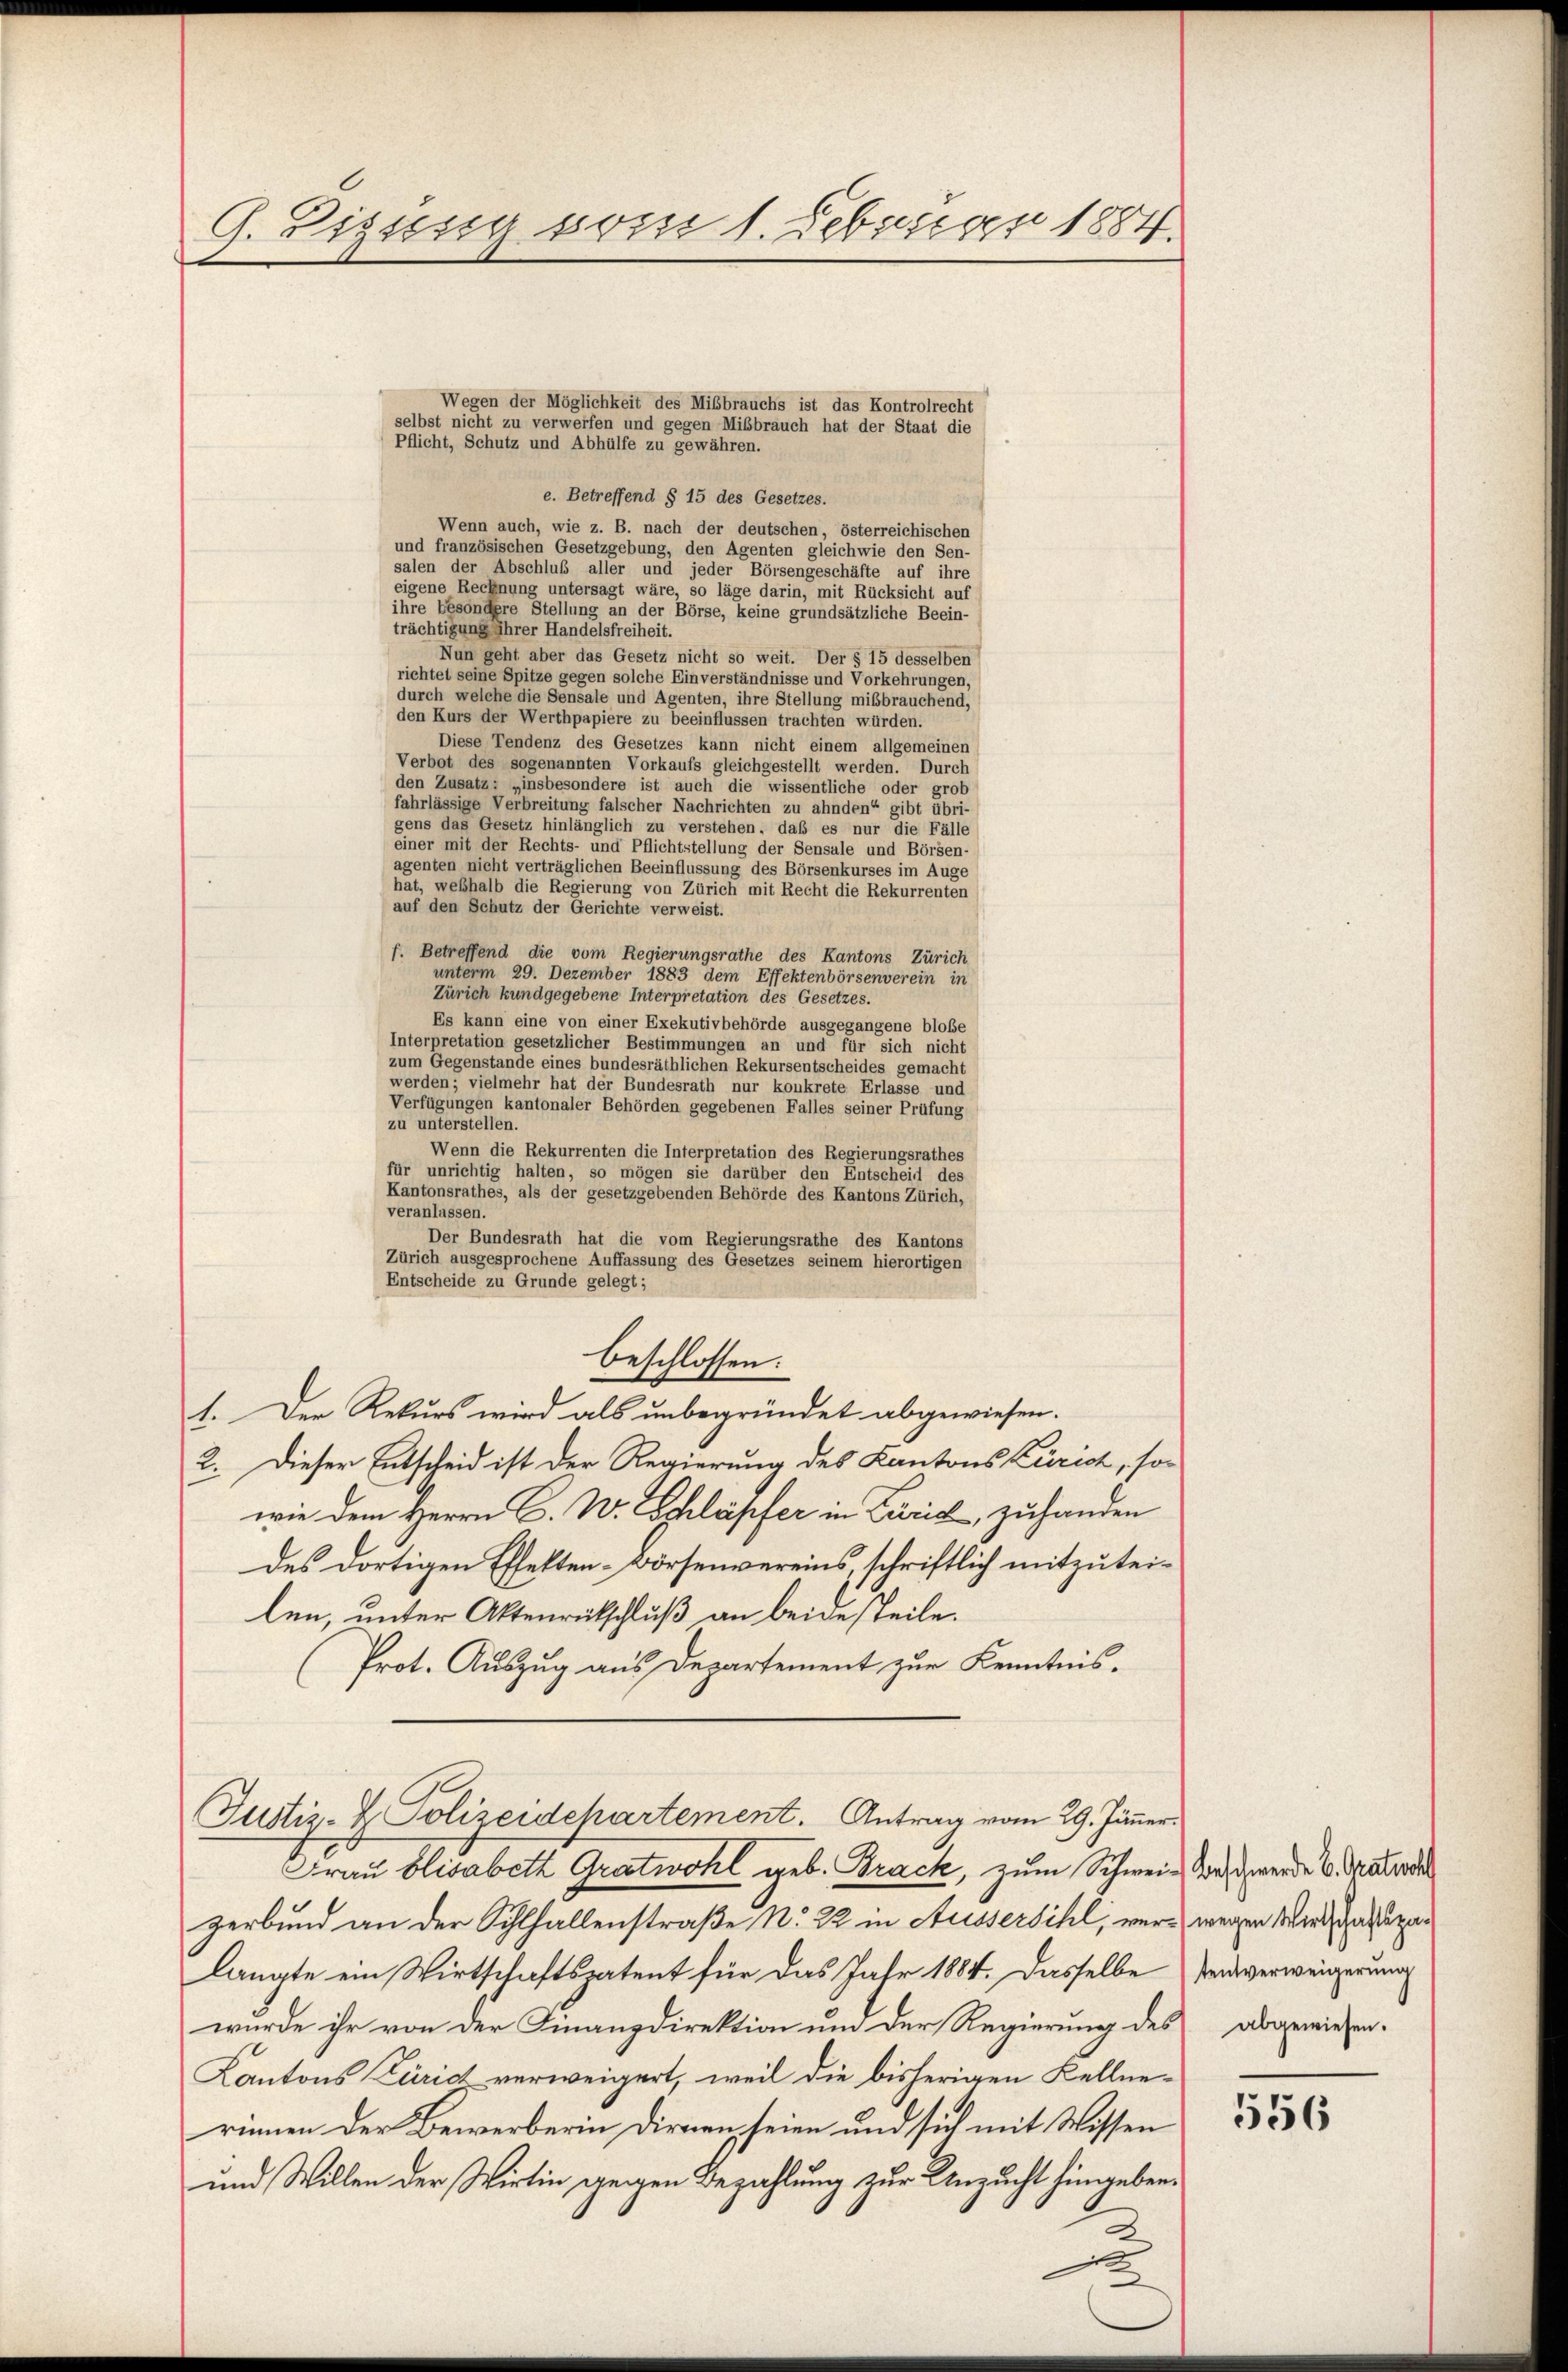
G. Disses vom 1. Februar 1884.

e. Betreffend § 15 des Gesetzes.
Wenn auch, wie z. B. nach der deutschen, österreichischen
und französischen Gesetzgebung, den Agenten gleichwie den Sen-
salen der Abschluß aller und jeder Börsengeschäfte auf ihre
eigene Rechnung untersagt wäre, so läge darin, mit Rücksicht auf
ihre besondere Stellung an der Börse, keine grundsätzliche Beein-
trächtigung ihrer Handelsfreiheit.
Nun geht aber das Gesetz nicht so weit. Der § 15 desselben
richtet seine Spitze gegen solche Einverständnisse und Vorkehrungen,
durch welche die Sensale und Agenten, ihre Stellung mißbrauchend,
den Kurs der Werthpapiere zu beeinflussen trachten würden.
Diese Tendenz des Gesetzes kann nicht einem allgemeinen
Verbot des sogenannten Vorkaufs gleichgestellt werden. Durch
den Zusatz: „insbesondere ist auch die wissentliche oder grob
fahrlässige Verbreitung falscher Nachrichten zu ahnden“ gibt übri-
gens das Gesetz hinlänglich zu verstehen, daß es nur die Fälle
einer mit der Rechts- und Pflichtstellung der Sensale und Börsen-
agenten nicht verträglichen Beeinflussung des Börsenkurses im Auge
hat, weßhalb die Regierung von Zürich mit Recht die Rekurrenten
auf den Schutz der Gerichte verweist.
f. Betreffend die vom Regierungsrathe des Kantons Zürich
unterm 29. Dezember 1883 dem Effektenbörsenverein in
Zürich kundgegebene Interpretation des Gesetzes.
Es kann eine von einer Exekutivbehörde ausgegangene bloße
Interpretation gesetzlicher Bestimmungen an und für sich nicht
zum Gegenstände eines bundesräthlichen Rekursentscheides gemacht
werden; vielmehr hat der Bundesrath nur konkrete Erlasse und
Verfügungen kantonaler Behörden gegebenen Falles seiner Prüfung
zu unterstellen.
Wenn die Rekurrenten die Interpretation des Regierungsrathes
für unrichtig halten, so mögen sie darüber den Entscheid des
Kantonsrathes, als der gesetzgebenden Behörde des Kantons Zürich,
veranlassen
Der Bundesrath hat die vom Regierungsrathe des Kantons
Zürich ausgesprochene Auffassung des Gesetzes seinem hierortigen
Entscheide zu Grunde gelegt;
beschlossen:
1. Der Rekurs wird als unbegründet abgewiesen.
2. Dieser Entscheid ist der Regierung des Kantons Zürich, so
wie dem Herrn C. W. Schläpfer in Zürich, zufanden
des dortigen Effekten-Börsenvereins schriftlich mitzuteilen, unter Aktenrütschluß an beige steile.
krot. Auszug aus Departement zur Kenntnis¬

Wegen der Möglichkeit des Mißbrauchs ist das Kontrolrecht
selbst nicht zu verwerfen und gegen Mißbrauch hat der Staat die
Pflicht, Schutz und Abhülfe zu gewähren.

Frau Elisabeth Gratwohl geb. Brack, zum Schwei- Beschwerde v. Graturel
verbund an der Sihlfallenstraße N. Z. in Aussersihl, verwegen Wiederaturalangte ein Wirtschaftspatent für das Jahr 1884. Dasselbe Tanzverweigerung
wurde ihr von der Finanzdirektion und der Regierung des abgewiesen.
Kantons Zürich verweigert, weil die bisherigen Kellnerinnen der Bewerberin dirnen seien und sich mit Wissen
und Willen der Wirtin gegen Bezahlung zur Unzucht hingeben.

Justiz- & Polizeidchartement. Antrag vom 29. Jänner

556